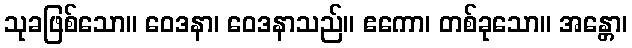
သုခဖြစ်သော။ ဝေဒနာ၊ ဝေဒနာသည်။ ဧကော၊ တစ်ခုသော။ အန္တော၊